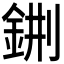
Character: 𨦕